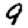
Digit: 9